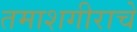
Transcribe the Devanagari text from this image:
तमाशगीराचे